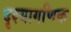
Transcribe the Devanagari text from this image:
दृश्यागणिक